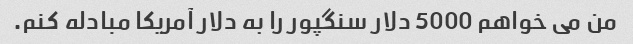
من می خواهم 5000 دلار سنگپور را به دلار آمریکا مبادله کنم.